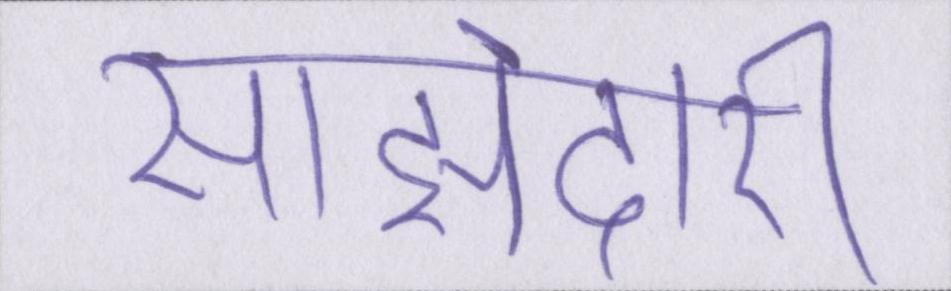
साझेदारी